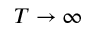
T \to \infty